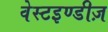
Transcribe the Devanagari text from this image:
वेस्टइण्डीज़